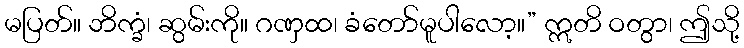
မပြတ်။ ဘိက္ခံ၊ ဆွမ်းကို။ ဂဏှထ၊ ခံတော်မူပါလော့။” ဣတိ ဝတွာ၊ ဤသို့